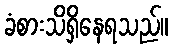
ခံစားသိရှိနေရသည်။